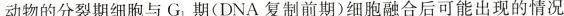
动物的分裂期细胞与G_{1}期(DNA复制前期)细胞融合后可能出现的情况